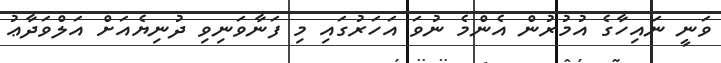
ވަނީ ނައިހާގެ އުމުރުން އެންމެ ނުވަ އަހަރުގައި މި ފަނާވަނިވި ދުނިޔެއަށް އަލްވަދާޢު